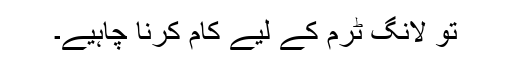
تو لانگ ٹرم کے لیے کام کرنا چاہیے۔